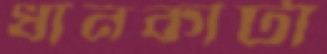
ধানকাটা